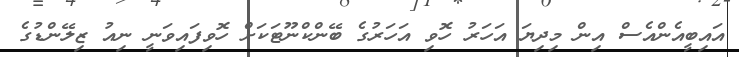
އައިބީއެންއެސް އިން މިދިޔަ އަހަރު ހޮވި އަހަރުގެ ބޭންކްނޫޓަކަށް ހޮވިފައިވަނީ ނިއު ޒިލޭންޑުގެ